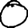
Digit: 0